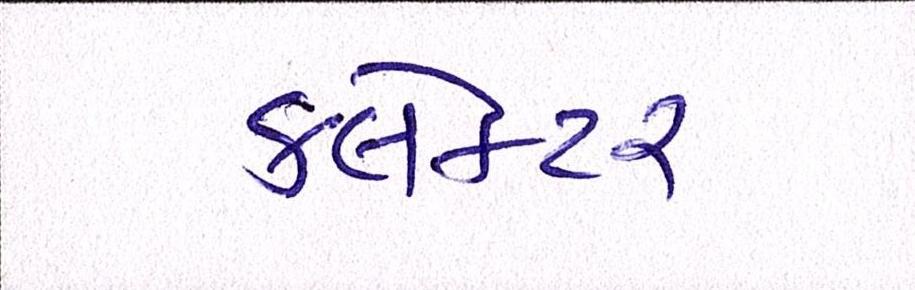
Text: ક્લેક્ટર